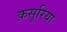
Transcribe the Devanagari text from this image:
क़सूरिया